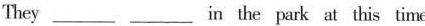
They ____n the park at this time